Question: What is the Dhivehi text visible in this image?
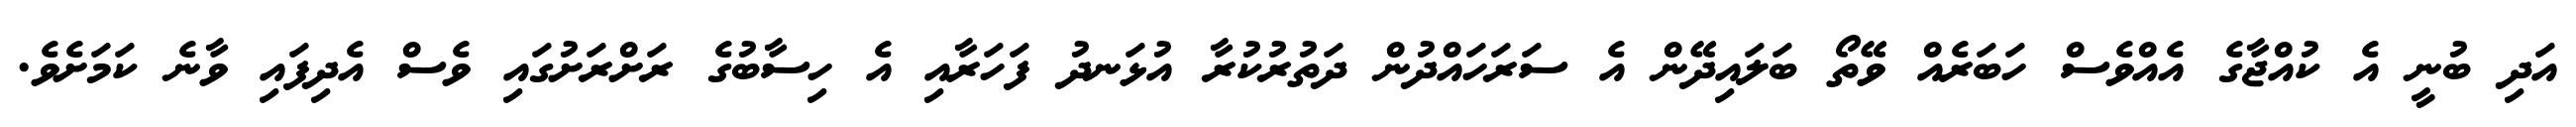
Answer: އަދި ބުނީ އެ ކުއްޖާގެ އެއްވެސް ހަބަރެއް ވޭތޯ ބަލައިދޭން އެ ސަރަހައްދުން ދަތުރުކުރާ އުޅަނދު ފަހަރާއި އެ ހިސާބުގެ ރަށްރަށުގައި ވެސް އެދިފައި ވާނެ ކަމަށެވެ.